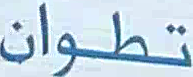
تطوان